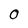
Character: 0